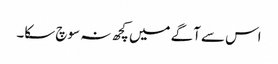
اس سے آگے میں کچھ نہ سوچ سکا۔